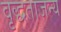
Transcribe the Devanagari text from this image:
वृद्धताजन्य